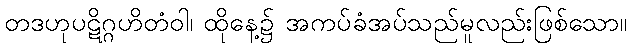
တဒဟုပဋိဂ္ဂဟိတံဝါ၊ ထိုနေ့၌ အကပ်ခံအပ်သည်မူလည်းဖြစ်သော။